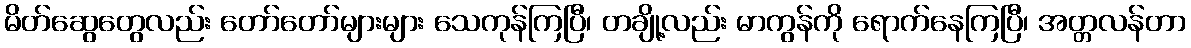
မိတ်ဆွေတွေလည်း တော်တော်များများ သေကုန်ကြပြီ၊ တချို့လည်း မာကွန်ကို ရောက်နေကြပြီ၊ အတ္တလန်တာ